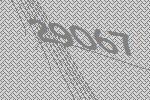
29067